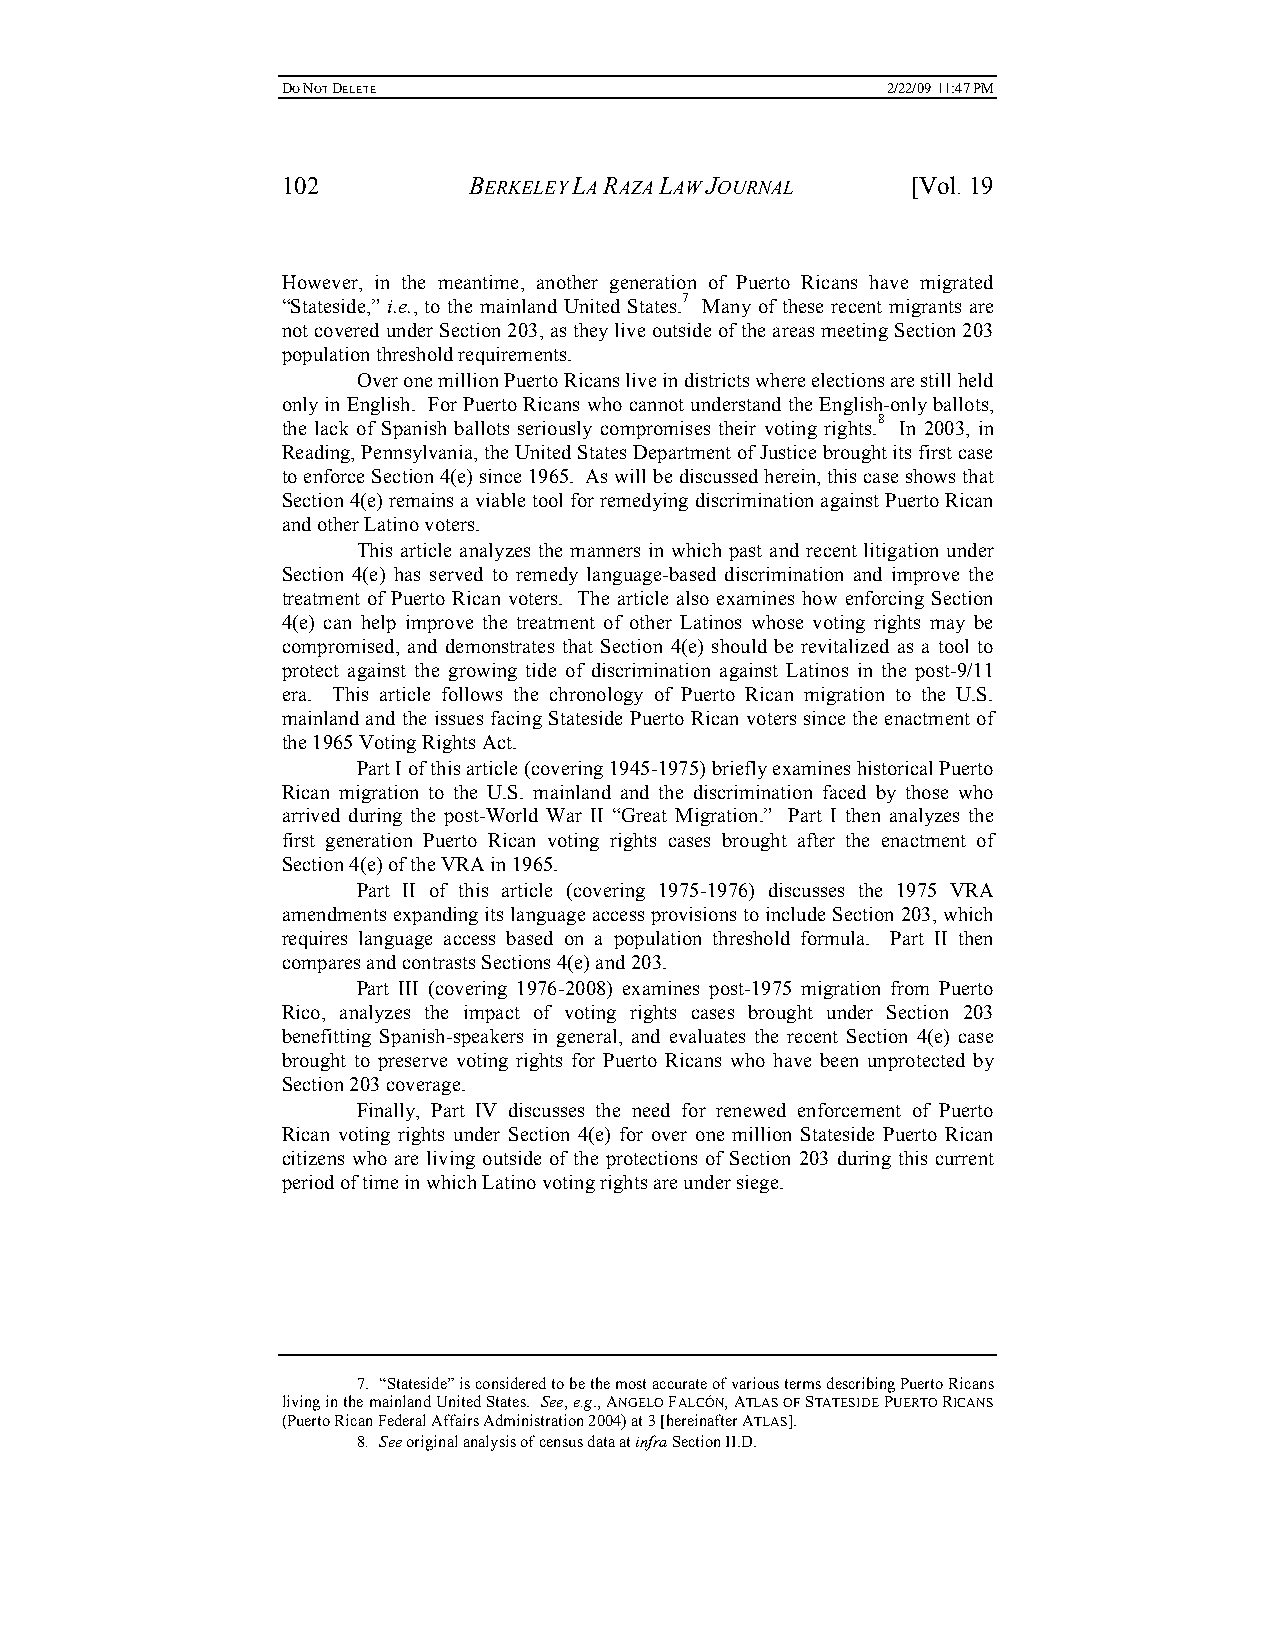
DO NOT DELETE                           2/22/09 11:47 PM
 102         BERKELEY LA RAZA LAW JOURNAL [Vol. 19
 However, in the meantime, another generation of Puerto Ricans have migrated
 “Stateside,” i.e., to the mainland United States.7 Many of these recent migrants are
 not covered under Section 203, as they live outside of the areas meeting Section 203
 population threshold requirements.
 Over one million Puerto Ricans live in districts where elections are still held
 only in English. For Puerto Ricans who cannot understand the English-only ballots,
 the lack of Spanish ballots seriously compromises their voting rights.8 In 2003, in
 Reading, Pennsylvania, the United States Department of Justice brought its first case
 to enforce Section 4(e) since 1965. As will be discussed herein, this case shows that
 Section 4(e) remains a viable tool for remedying discrimination against Puerto Rican
 and other Latino voters.
 This article analyzes the manners in which past and recent litigation under
 Section 4(e) has served to remedy language-based discrimination and improve the
 treatment of Puerto Rican voters. The article also examines how enforcing Section
 4(e) can help improve the treatment of other Latinos whose voting rights may be
 compromised, and demonstrates that Section 4(e) should be revitalized as a tool to
 protect against the growing tide of discrimination against Latinos in the post-9/11
 era. This article follows the chronology of Puerto Rican migration to the U.S.
 mainland and the issues facing Stateside Puerto Rican voters since the enactment of
 the 1965 Voting Rights Act.
 Part I of this article (covering 1945-1975) briefly examines historical Puerto
 Rican migration to the U.S. mainland and the discrimination faced by those who
 arrived during the post-World War II “Great Migration.” Part I then analyzes the
 first generation Puerto Rican voting rights cases brought after the enactment of
 Section 4(e) of the VRA in 1965.
 Part II of this article (covering 1975-1976) discusses the 1975 VRA
 amendments expanding its language access provisions to include Section 203, which
 requires language access based on a population threshold formula. Part II then
 compares and contrasts Sections 4(e) and 203.
 Part III (covering 1976-2008) examines post-1975 migration from Puerto
 Rico, analyzes the impact of voting rights cases brought under Section 203
 benefitting Spanish-speakers in general, and evaluates the recent Section 4(e) case
 brought to preserve voting rights for Puerto Ricans who have been unprotected by
 Section 203 coverage.
 Finally, Part IV discusses the need for renewed enforcement of Puerto
 Rican voting rights under Section 4(e) for over one million Stateside Puerto Rican
 citizens who are living outside of the protections of Section 203 during this current
 period of time in which Latino voting rights are under siege.
 7. “Stateside” is considered to be the most accurate of various terms describing Puerto Ricans
 living in the mainland United States. See, e.g., ANGELO FALCÓN, ATLAS OF STATESIDE PUERTO RICANS
 (Puerto Rican Federal Affairs Administration 2004) at 3 [hereinafter ATLAS].
 8. See original analysis of census data at infra Section II.D.